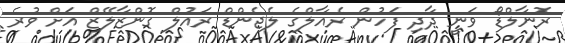
ރޮނާލްޑޯ ވަނީ ދާދި ފަހުން ރެއާލްގެ ލެޖެންޑް ރައުލް ގޮންޒާލޭޒް އަށް ވުރެ